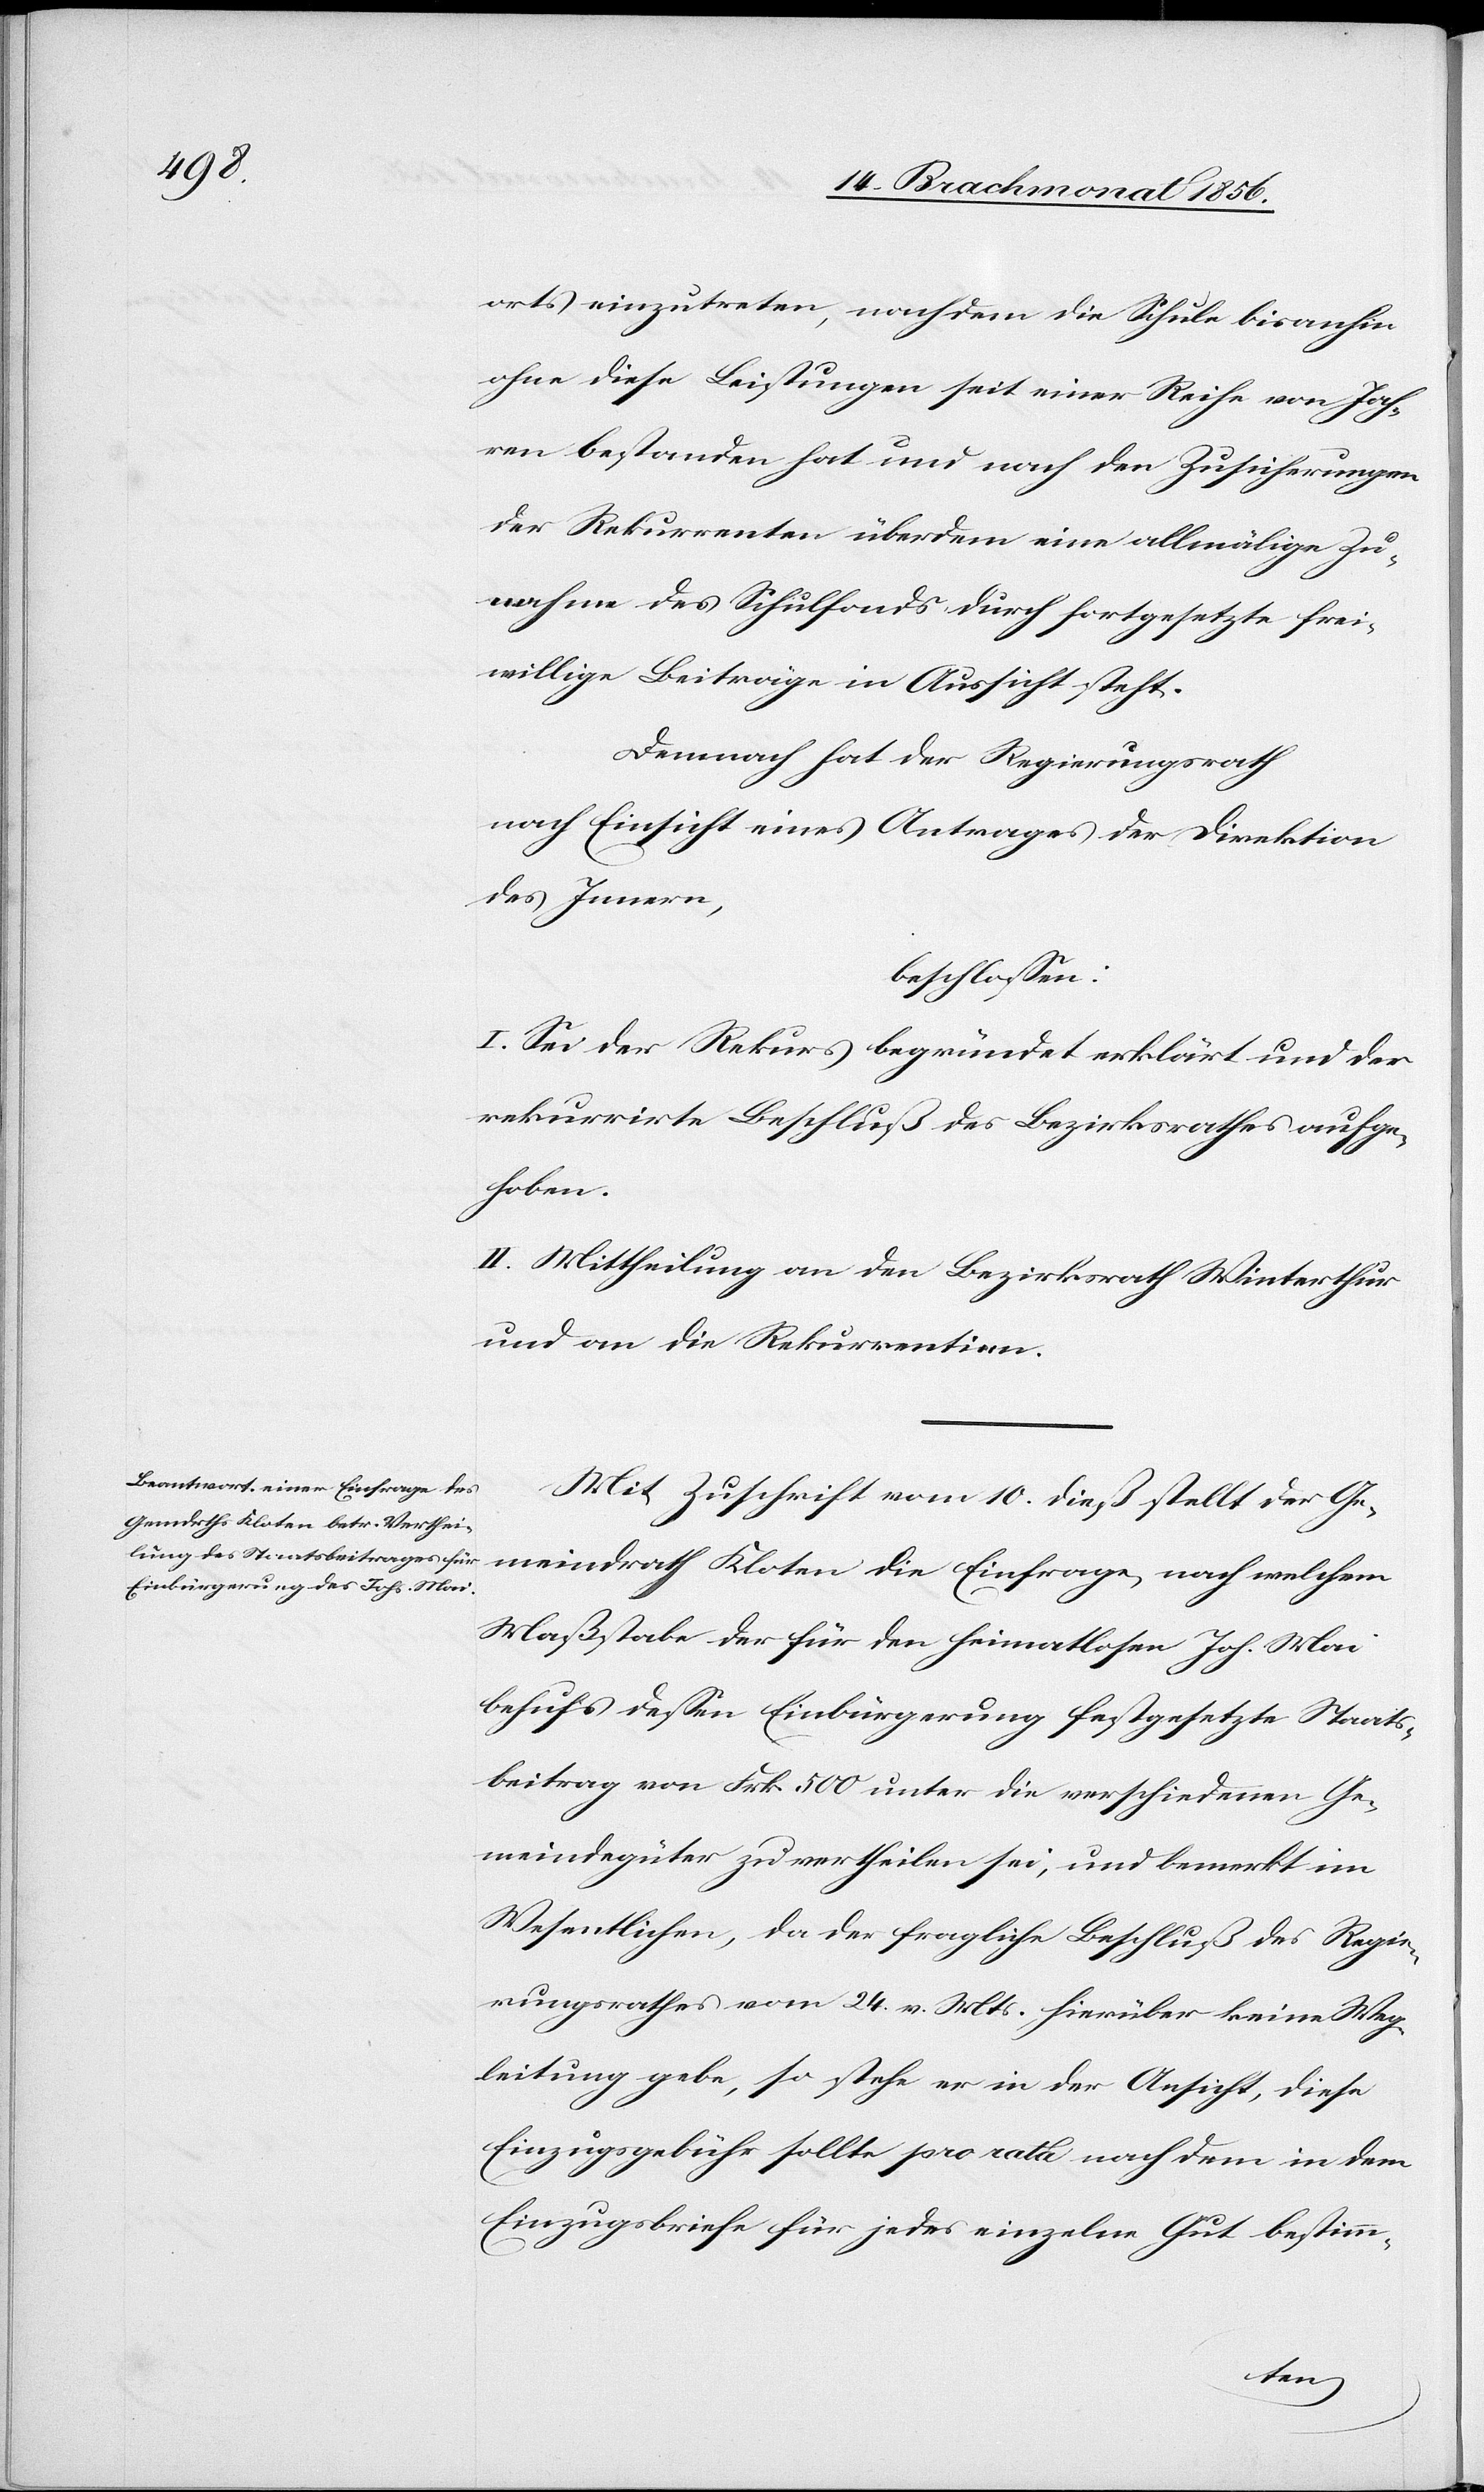
orts einzutreten, nachdem die Schule bisanhin
ohne diese Leistungen seit einer Reihe von Jah¬
ren bestanden hat und nach den Zusicherungen
der Rekurrenten überdem eine allmälige Zu¬
nahme des Schulfonds durch fortgesetzte frei¬
willige Beiträge in Aussicht steht.
Demnach hat der Regierungsrath
nach Einsicht eines Antrages der Direktion
des Innern,
beschlossen:
I. Sei der Rekurs begründet erklärt und der
rekurrirte Beschluß des Bezirksrathes aufge¬
hoben.
II. Mittheilung an den Bezirksrath Winterthur
und an die Rekurrentien
Mit Zuschrift vom 10. dieß stellt der Ge¬
meindrath Kloten die Einfrage, nach welchem
Maßstabe der für den heimatlosen Joh. Mai
behufs dessen Einbürgerung festgesetzte Staats¬
beitrag von Frk. 500 unter die verschiedenen Ge¬
meindegüter zu vertheilen sei, und bemerkt im
Wesentlichen, da der fragliche Beschluß des Regie¬
rungsrathes vom 24. v. Mts. hierüber keine Weg¬
leitung gebe, so stehe er in der Ansicht, diese
Einzugsgebühr sollte pro rata nach dem in dem
Einzugsbriefe für jedes einzelne Gut bestimm-